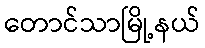
တောင်သာမြို့နယ်